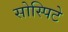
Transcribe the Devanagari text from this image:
सोस्पिटे